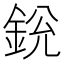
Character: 𨦣